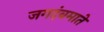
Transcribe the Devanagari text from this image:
जगदंबमाते